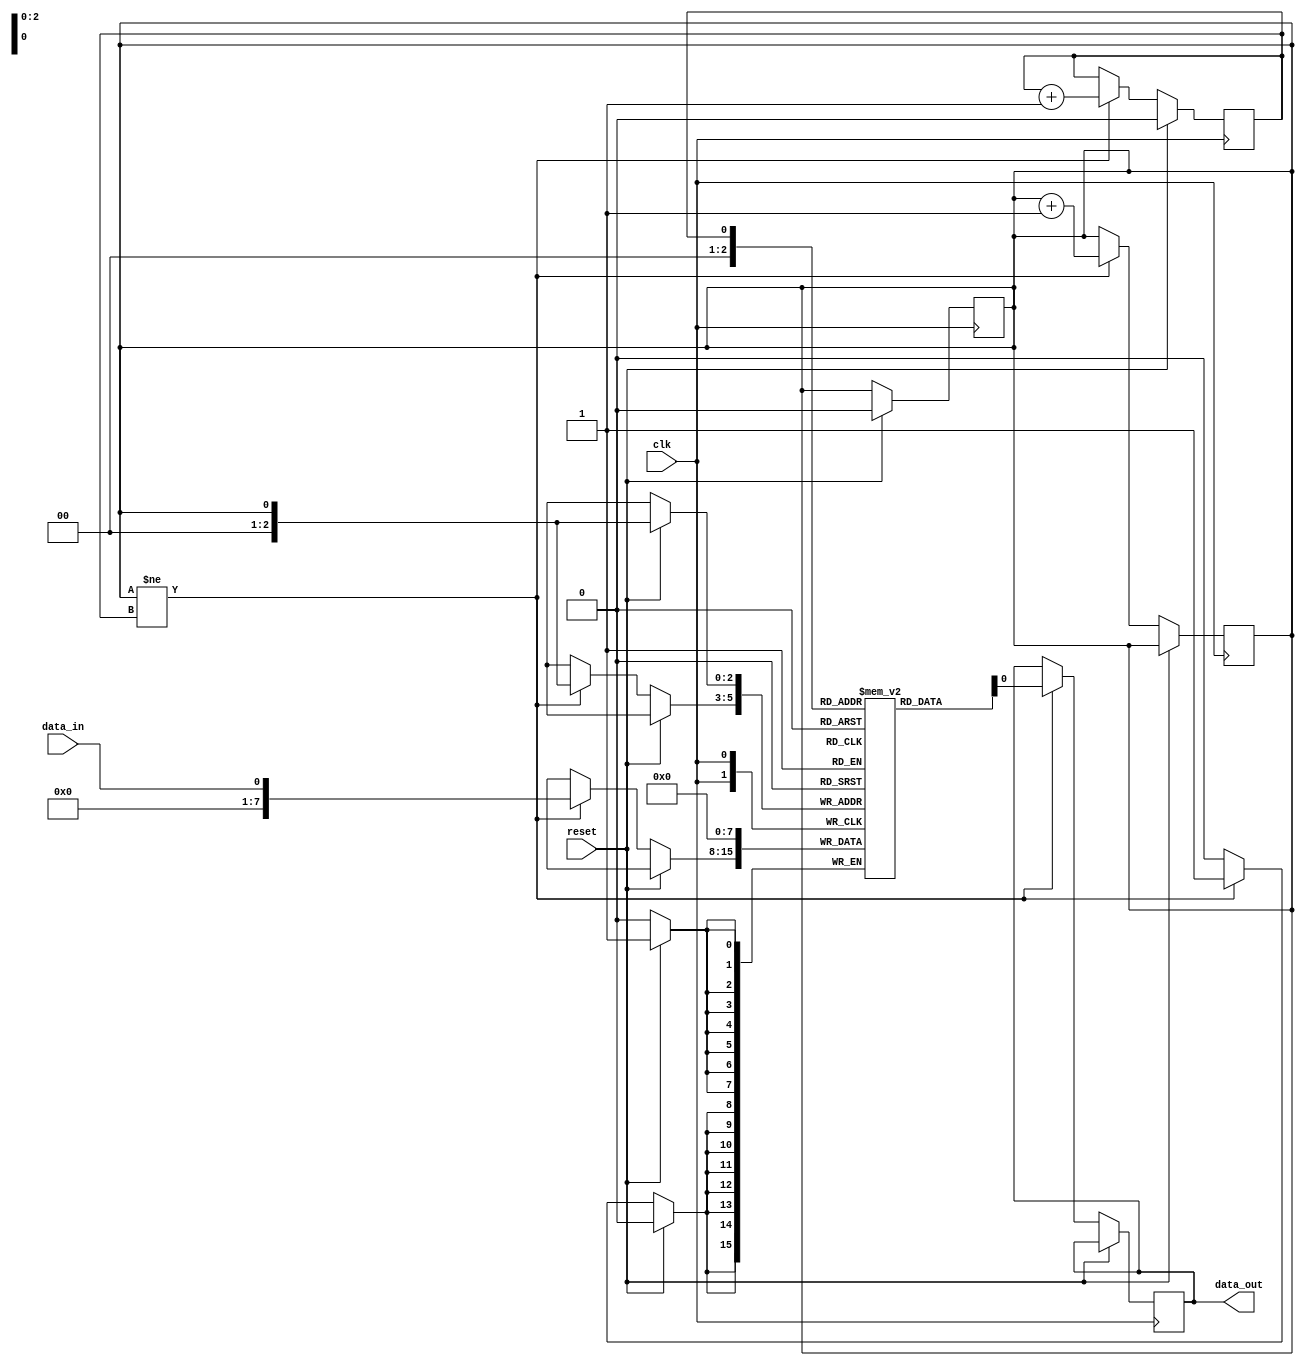
module fifo_buffer (
    input wire clk,
    input wire reset,
    input wire data_in,
    output reg data_out
);

reg [7:0] fifo [0:7];
reg write_ptr = 0;
reg read_ptr = 0;

always @(posedge clk) begin
    if (reset) begin
        write_ptr <= 0;
        read_ptr <= 0;
    end else begin
        if (write_ptr != read_ptr) begin
            data_out <= fifo[read_ptr];
            read_ptr <= (read_ptr == 7) ? 0 : read_ptr + 1;
        end
    end
end

always @(posedge clk) begin
    if (reset) begin
        fifo[write_ptr] <= 0;
    end else if (write_ptr != read_ptr) begin
        fifo[write_ptr] <= data_in;
        write_ptr <= (write_ptr == 7) ? 0 : write_ptr + 1;
    end
end

endmodule